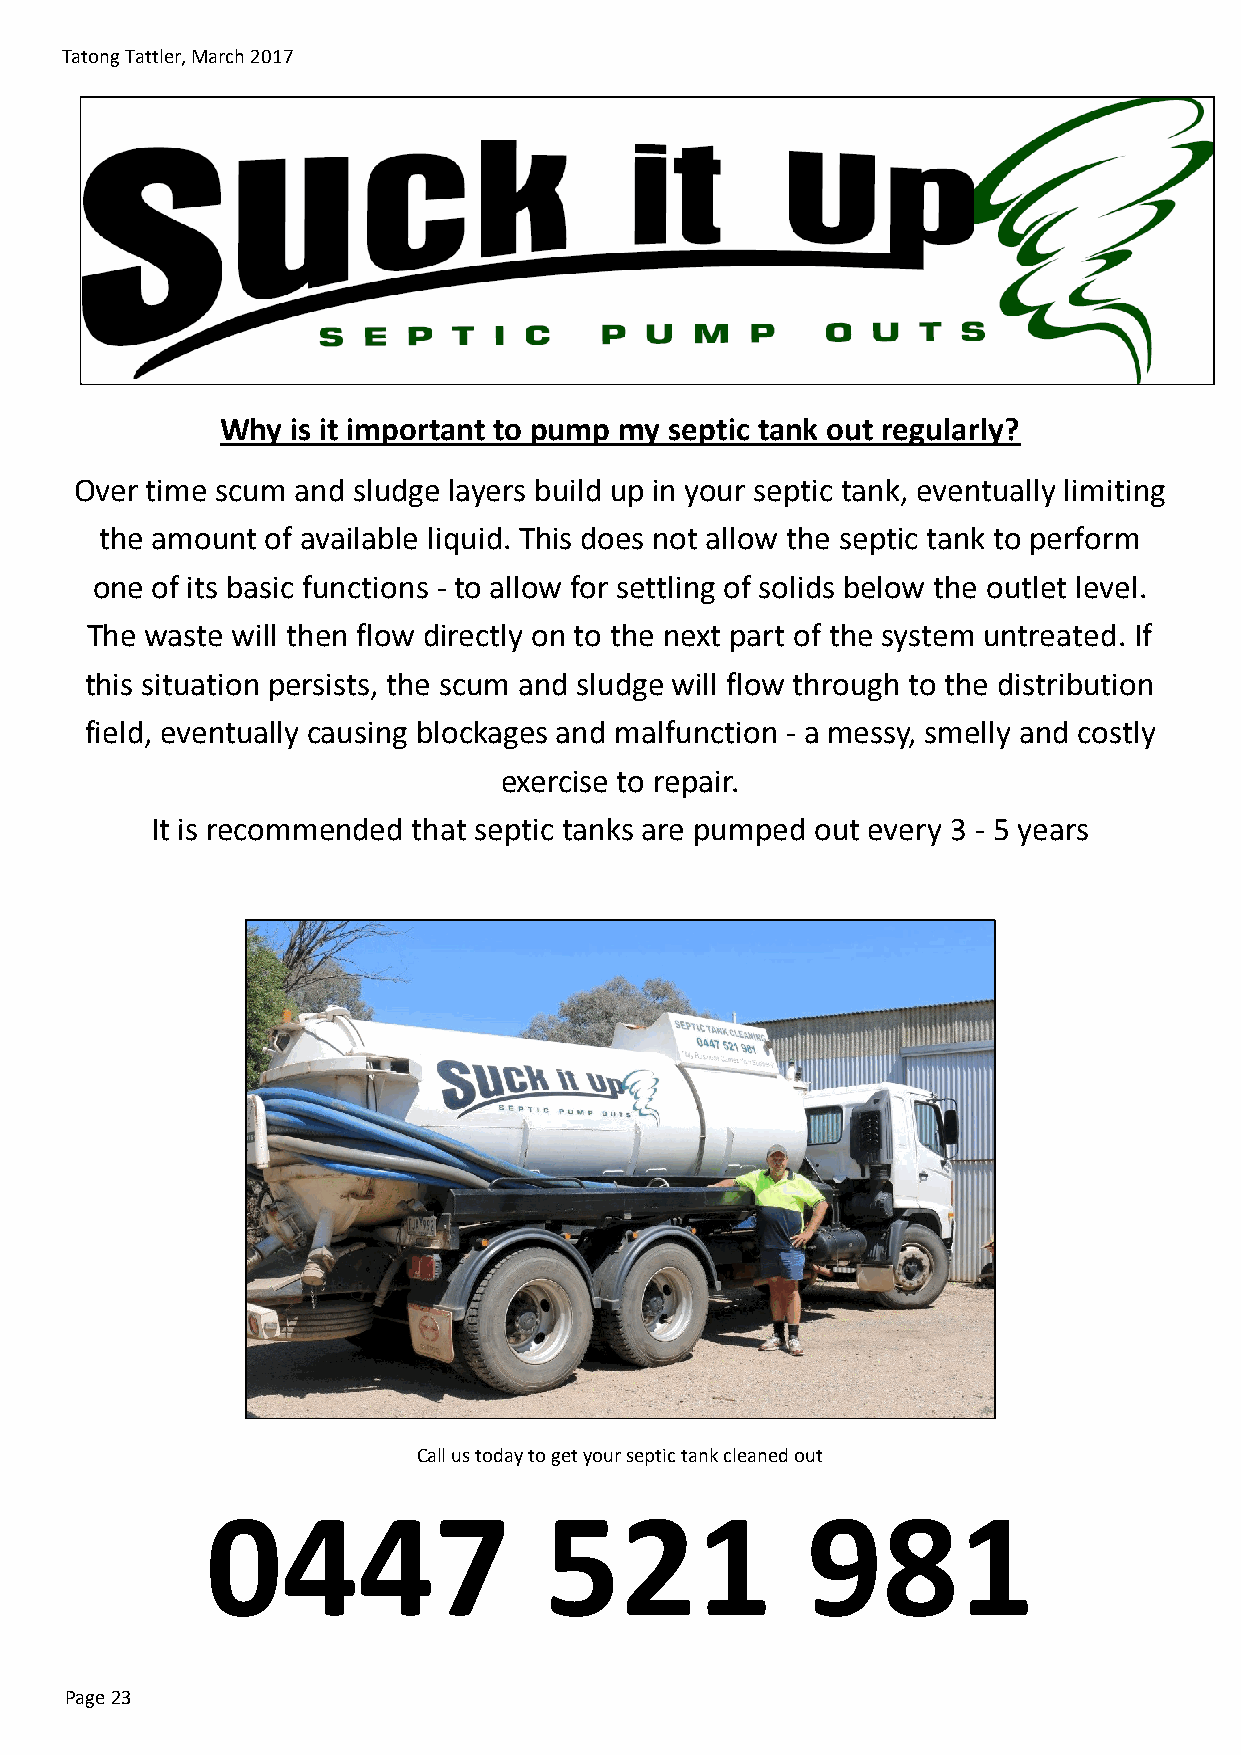
Tatong Tattler, March 2017
 Why is it important to pump my septic tank out regularly?
 Over time scum and sludge layers build up in your septic tank, eventually limiting
 the amount of available liquid. This does not allow the septic tank to perform
 one of its basic functions - to allow for settling of solids below the outlet level.
 The waste will then flow directly on to the next part of the system untreated. If
 this situation persists, the scum and sludge will flow through to the distribution
 field, eventually causing blockages and malfunction - a messy, smelly and costly
 exercise to repair.
 It is recommended that septic tanks are pumped out every 3 - 5 years
 Call us today to get your septic tank cleaned out
 0447                  521              981
 Page 23